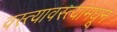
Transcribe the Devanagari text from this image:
वस्त्यावस्त्यांमधून